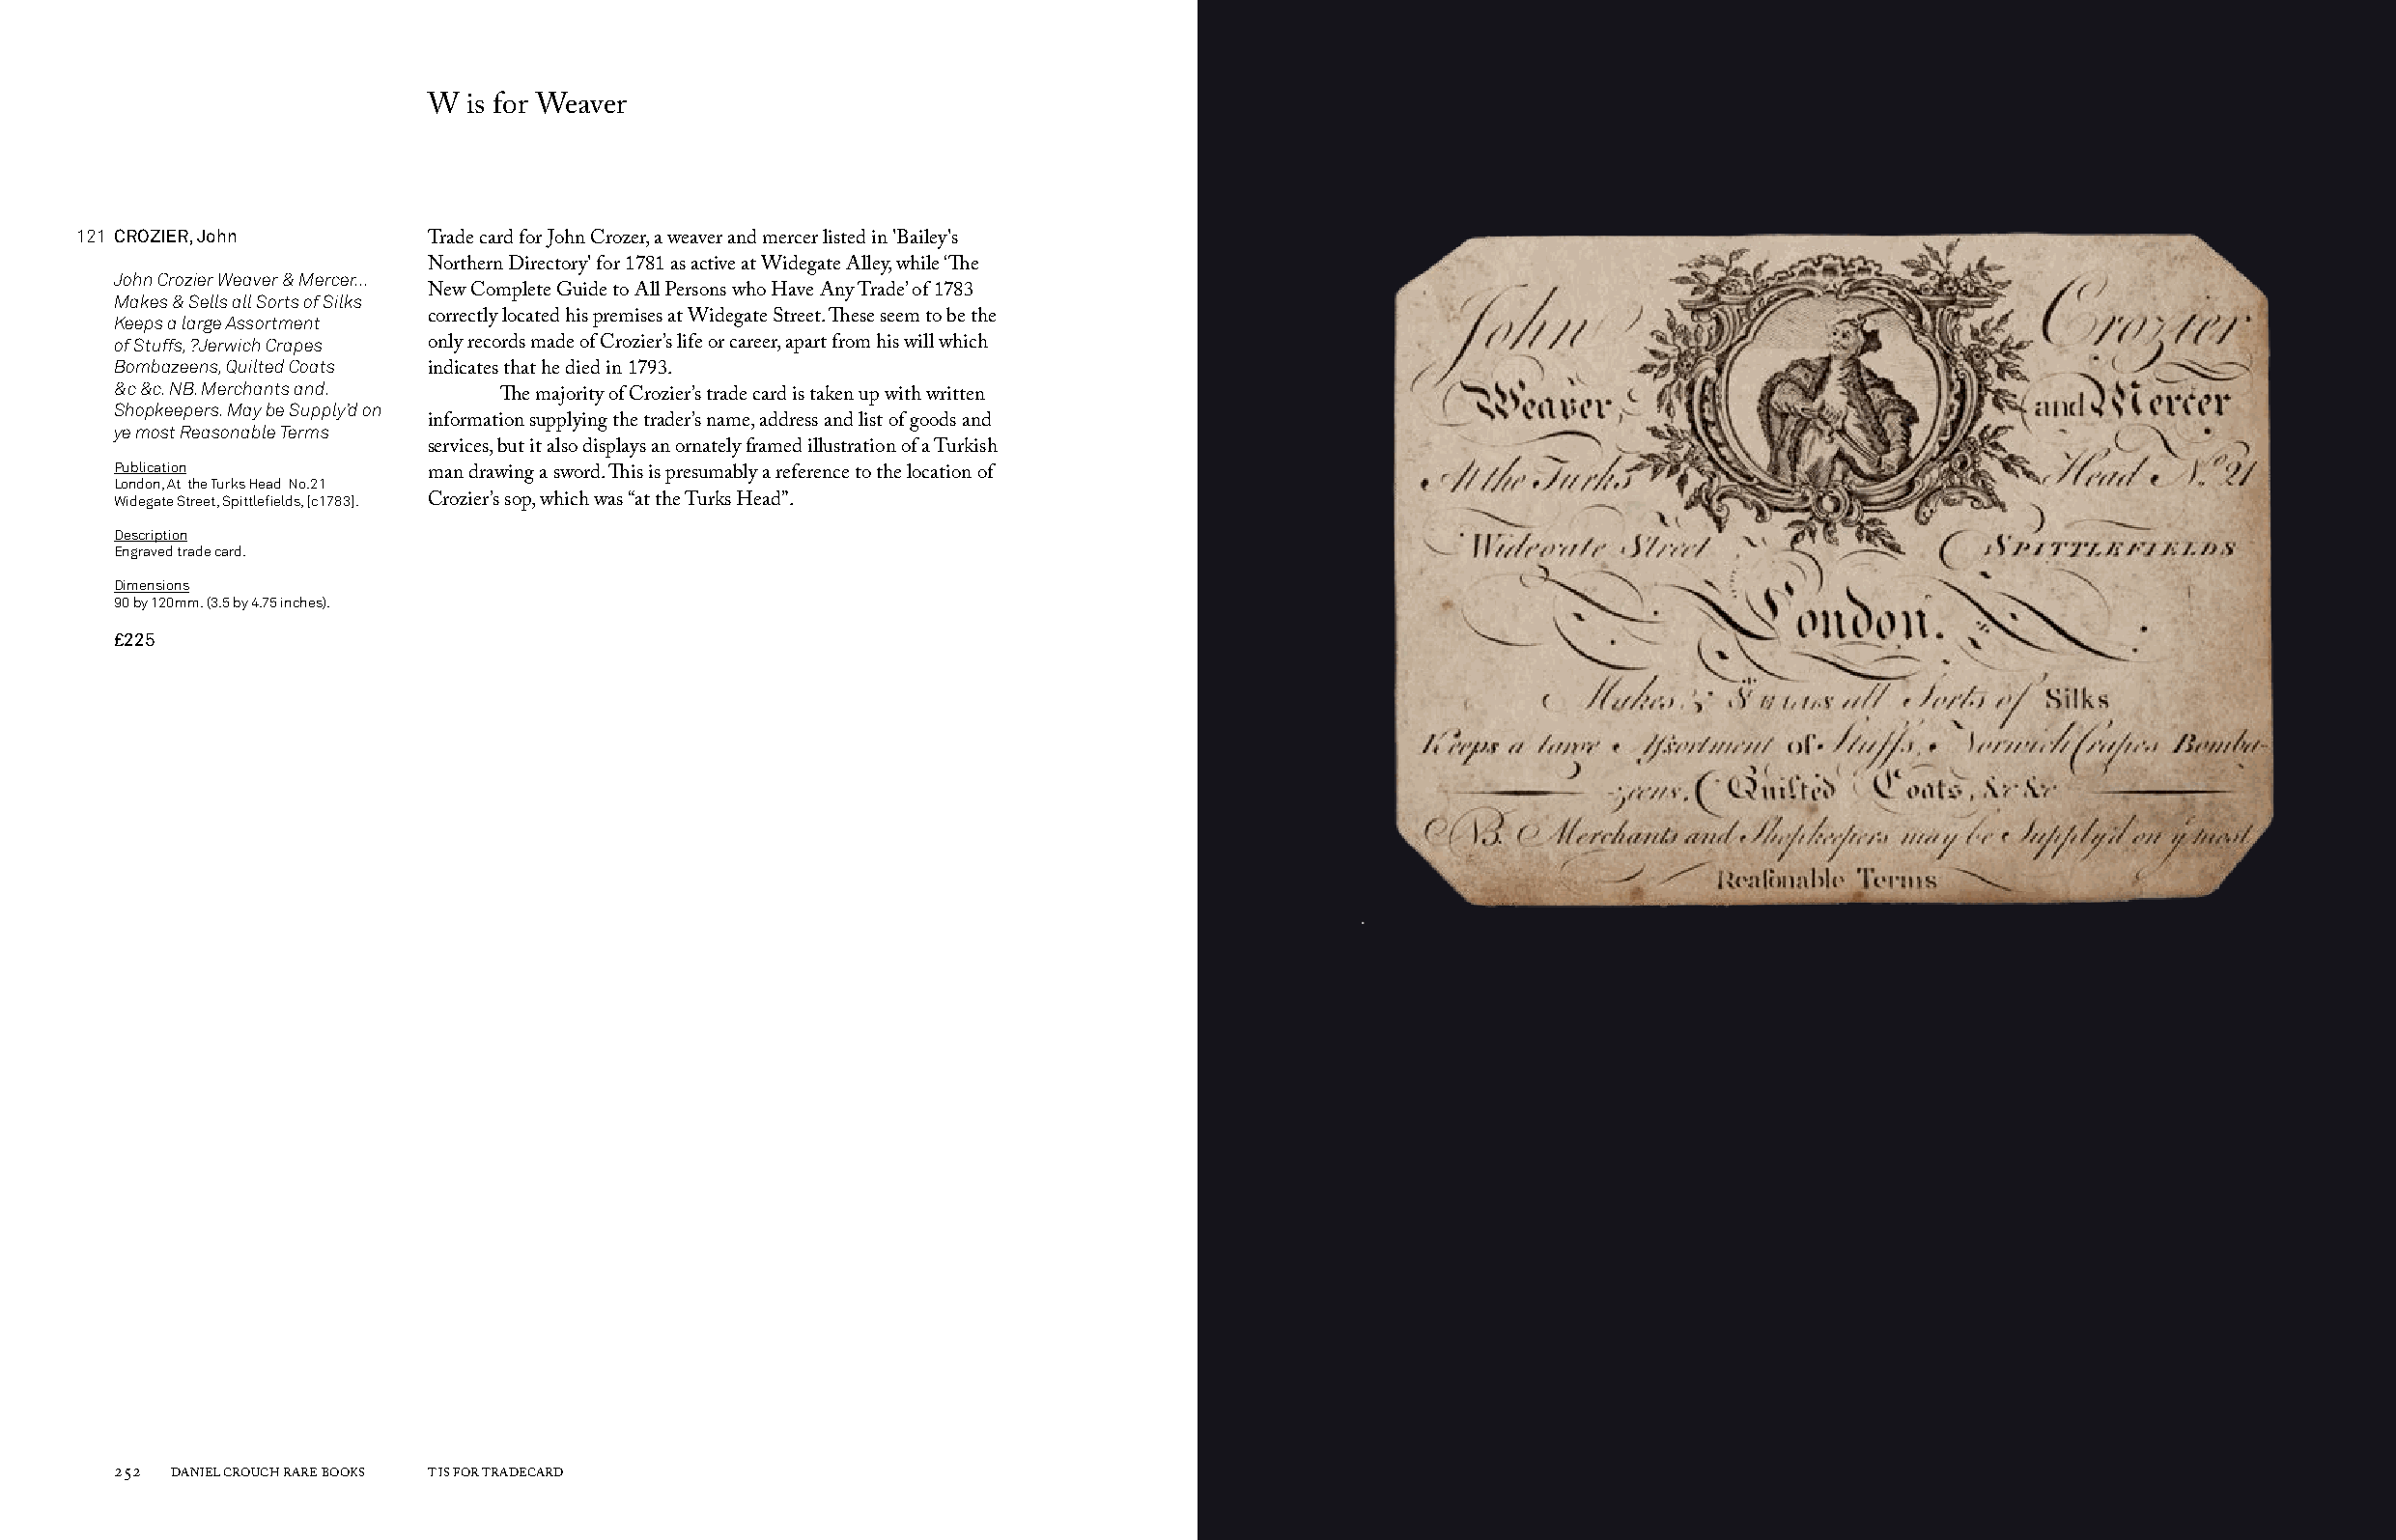
W  is for Weaver
 121 CROZIER, John
 Trade card for John Crozer, a weaver and mercer listed in 'Bailey's
 Northern Directory' for 1781 as active at Widegate Alley, while ‘The
 John Crozier Weaver & Mercer...
 Makes & Sells all Sorts of Silks New Complete Guide to All Persons who Have Any Trade’ of 1783
 Keeps a large Assortment correctly located his premises at Widegate Street. These seem to be the
 of Stuffs, ?Jerwich Crapes only records made of Crozier’s life or career, apart from his will which
 Bombazeens, Quilted Coats
 indicates that he died in 1793.
 &c &c. NB. Merchants and.
 The majority of Crozier’s trade card is taken up with written
 Shopkeepers. May be Supply’d on
 ye most Reasonable Terms information supplying the trader’s name, address and list of goods and
 services, but it also displays an ornately framed illustration of a Turkish
 Publication
 London, At the Turks Head No.21 man drawing a sword. This is presumably a reference to the location of
 Widegate Street, Spittlefields, [c1783]. Crozier’s sop, which was “at the Turks Head”.
 Description
 Engraved trade card.
 Dimensions
 90 by 120mm. (3.5 by 4.75 inches).
 £225
 252 DANIEL CROUCH RARE BOOKS T IS FOR TRADECARD                                                                       T IS FOR TRADECARD DANIEL CROUCH RARE BOOKS 253